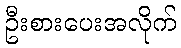
ဦးစားပေးအလိုက်